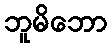
ဘူမိဘော